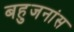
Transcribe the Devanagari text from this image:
बहुजनांस